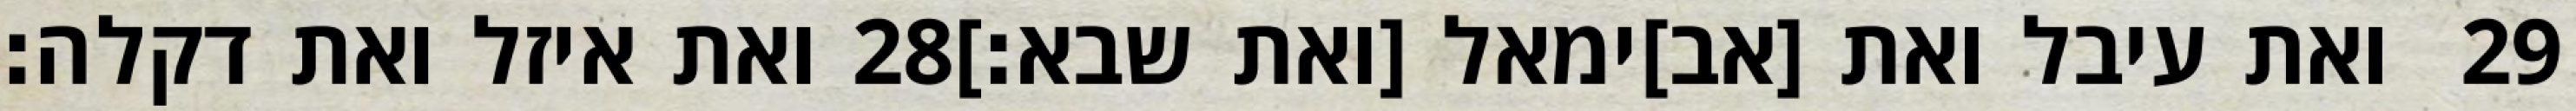
ואת איזל ואת דקלה׃ ‎28‏ ואת עיבל ואת [אב]ימאל [ואת שבא׃] ‎29‏